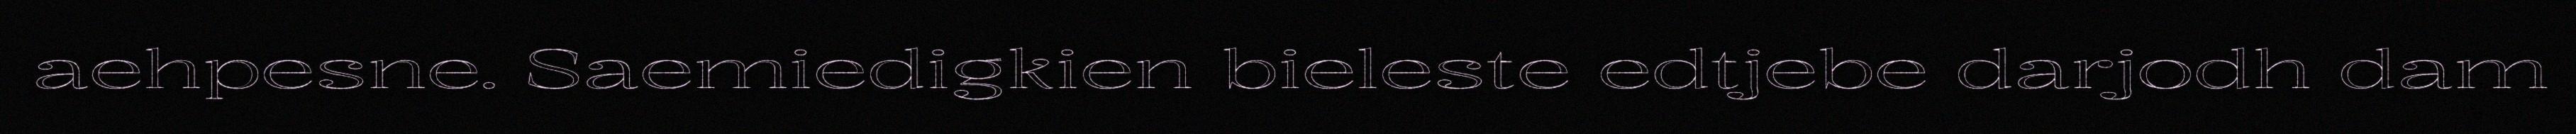
aehpesne. Saemiedigkien bieleste edtjebe darjodh dam